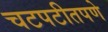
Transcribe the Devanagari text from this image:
चटपटीतपणे